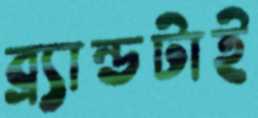
ব্র্যান্ডটাই